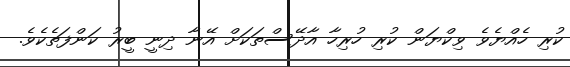
ކުރި ހެއްޔެވެ ވިކްޔަން ކުރި ހުރިހާ އާދޭސްތަކަށް އޭނާ ދިނީ ބީރު ކަންފަތެކެވެ.